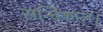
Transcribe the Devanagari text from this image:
सन्धिकाल।